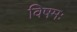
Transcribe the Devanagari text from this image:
विषमः